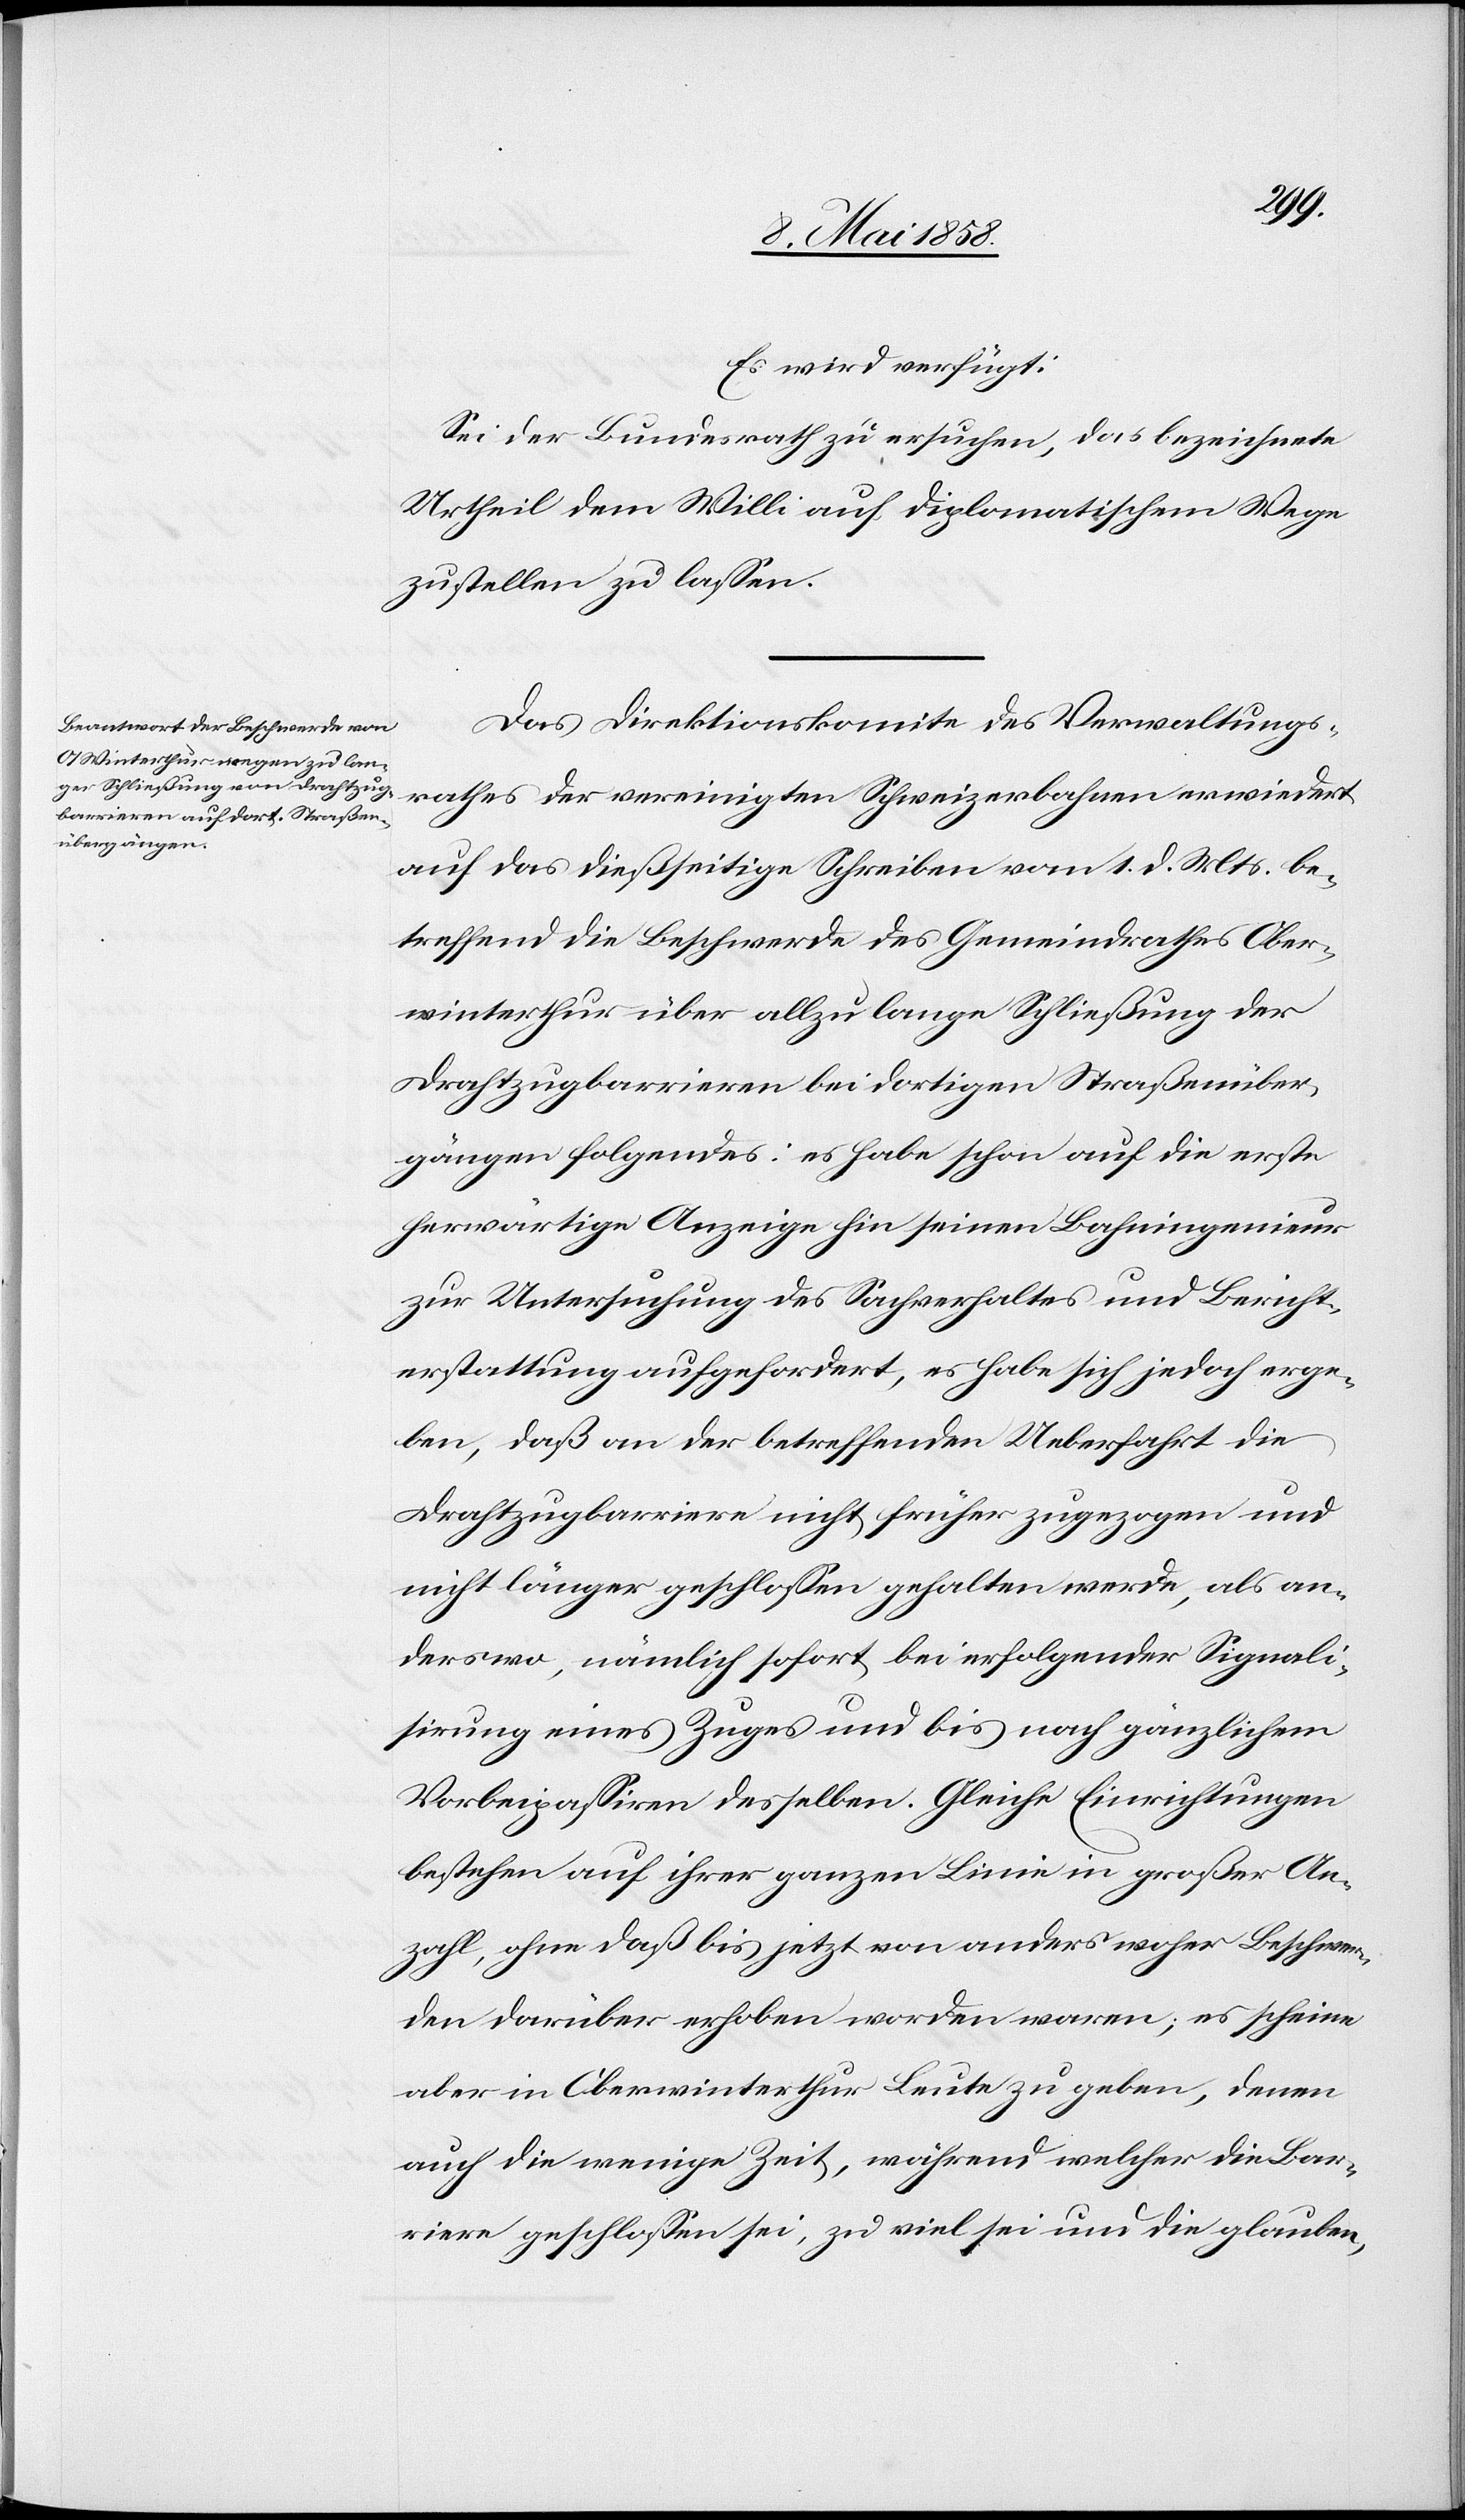
Es wird verfügt:
Sei der Bundesrath zu ersuchen, das bezeichnete
Urtheil dem Willi auf diplomatischem Wege
zustellen zu lassen.
Das Direktionskomite des Verwaltungs¬
rathes der vereinigten Schweizerbahnen erwiedert
auf das dießseitige Schreiben vom 1. d. Mts. be¬
treffend die Beschwerde des Gemeindrathes Ober¬
winterthur über allzulange Schließung der
Drathzugbarrieren bei dortigen Straßenüber¬
gängen folgendes: es habe schon auf die erste
herwärtige Anzeige hin seinen Bahningenieur
zur Untersuchung des Sachverhaltes und Bericht¬
erstattung aufgefordert, es habe sich jedoch erge¬
ben, daß an der betreffenden Ueberfahrt die
Drathzugbarriere nicht früher zugezogen und
nicht länger geschlossen gehalten werde, als an¬
derswo, nämlich sofort bei erfolgender Signali¬
sirung eines Zuges und bis nach gänzlichem
Vorbeipassiren desselben. Gleiche Einrichtungen
bestehen auf ihrer ganzen Linie in großer An¬
zahl, ohne daß bis jetzt von anders woher Beschwer¬
den darüber erhoben worden waren; es scheine
aber in Oberwinterthur Leute zu geben, denen
auch die wenige Zeit, während welcher die Bar¬
riere geschlossen sei, zu viel sei und die glauben,